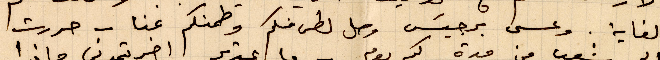
كفاية. وعسى برجيس وصل لكم منكم وطمنكم عنا - حررت